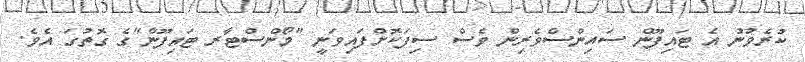
ކުރެވުނު އެ ޓައިފޫން ސައިންސްވެރިން ވެސް ސިފަކޮށްފައިވަނީ "މޯންސްޓާރ ޓައިފޫން"ގެ ގޮތުގަ އެވެ.